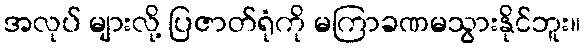
အလုပ် များလို့ ပြဇာတ်ရုံကို မကြာခဏမသွားနိုင်ဘူး။